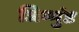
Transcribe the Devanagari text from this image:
जिग्मुंड